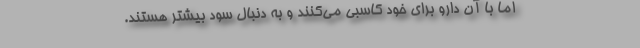
اما با آن دارو برای خود کاسبی می‌کنند و به دنبال سود بیشتر هستند.